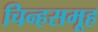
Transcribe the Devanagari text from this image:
चिन्हसमूह